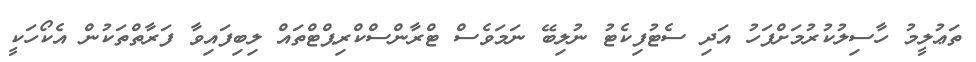
ތަޢުލީމު ހާސިލުކުރުމަށްފަހު އަދި ސެޓުފިކެޓު ނުލިބޭ ނަމަވެސް ޓްރާންސްކްރިޕްޓްތައް ލިބިފައިވާ ފަރާތްތަކުން އެކޯހަކީ